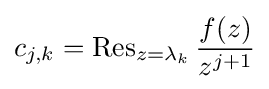
c_{j,k}=\operatorname {Res} _{z=\lambda _{k}}{\frac {f(z)}{z^{j+1}}}